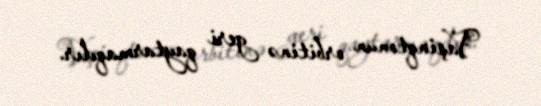
Vaşinqtonun orbitinə geri qaytarmaqdır.